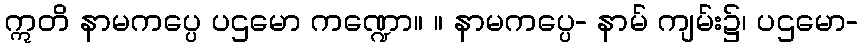
ဣတိ နာမကပ္ပေ ပဌမော ကဏ္ဍော။ ။ နာမကပ္ပေ- နာမ် ကျမ်း၌၊ ပဌမော-